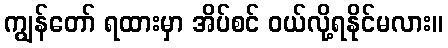
ကျွန်တော် ရထားမှာ အိပ်စင် ဝယ်လို့ရနိုင်မလား။